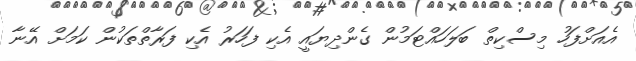
އެއަށްފަހު މިސްކިތް ބަލަހައްޓަމުން ގެންދިޔައީ އެކި ފަހަރު އެކި ފަރާތްތަކުން ކަމަށް އޭނާ